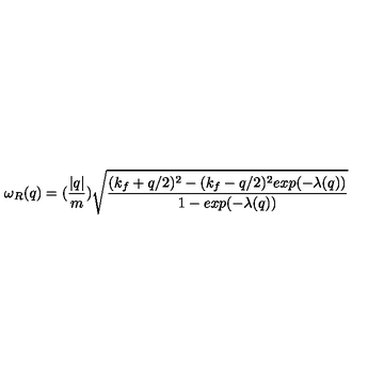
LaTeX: \omega _ { R } ( q ) = ( \frac { | q | } { m } ) \sqrt { \frac { ( k _ { f } + q / 2 ) ^ { 2 } - ( k _ { f } - q / 2 ) ^ { 2 } e x p ( - \lambda ( q ) ) } { 1 - e x p ( - \lambda ( q ) ) } }